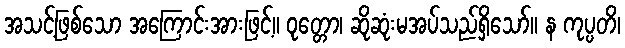
အသင့်ဖြစ်သော အကြောင်းအားဖြင့်။ ဝုတ္တော၊ ဆိုဆုံးမအပ်သည်ရှိသော်။ န ကုပ္ပတိ၊